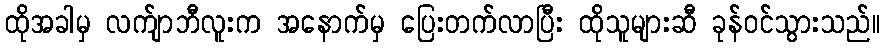
ထိုအခါမှ လက်ျာဘီလူးက အနောက်မှ ပြေးတက်လာပြီး ထိုသူများဆီ ခုန်ဝင်သွားသည်။